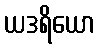
ယဒရိယော